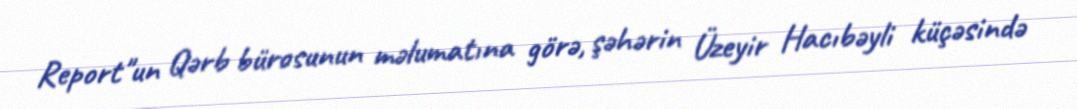
Report"un Qərb bürosunun məlumatına görə, şəhərin Üzeyir Hacıbəyli küçəsində